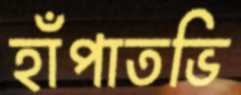
হাঁপাতভি